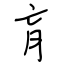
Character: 肓